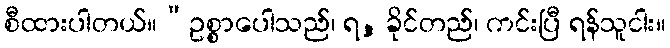
စီထားပါတယ်။“ဥစ္စာပေါသည်၊ ရ, ခိုင်တည်၊ ကင်းပြီ ရန်သူငါး။